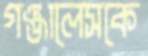
গঞ্জালেসকে